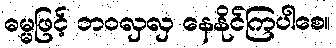
ဓမ္မဖြင့် ဘဝလှလှ နေနိုင်ကြပါစေ။